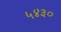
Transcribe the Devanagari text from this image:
५४३०